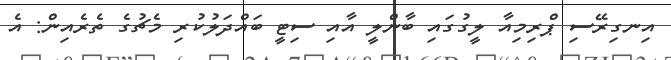
އިނގިރޭސި ޕްރިމިއާ ލީގުގައި ބާންލީ އާއި ސިޓީ ބައްދަލުކުރި މެޗުގެ ތެރެއިން: އެ